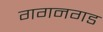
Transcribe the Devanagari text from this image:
गगनगड